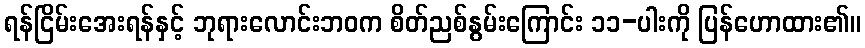
ရန်ငြိမ်းအေးရန်နှင့် ဘုရားလောင်းဘဝက စိတ်ညစ်နွမ်းကြောင်း ၁၁-ပါးကို ပြန်ဟောထား၏။